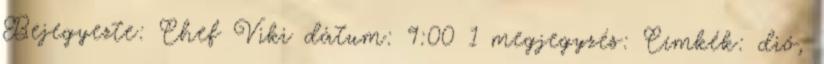
Bejegyezte: Chef Viki dátum: 9:00 1 megjegyzés: Címkék: dió,